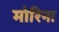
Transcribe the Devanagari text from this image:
मोरिना